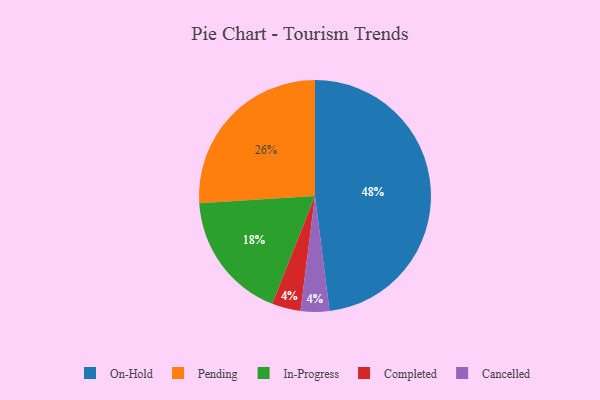
{"axis": {"x": "Category", "y": "Percentage"}, "legend": ["Cancelled", "Completed", "In-Progress", "On-Hold", "Pending"], "data": [{"x": "Completed", "y": 4, "type": "Completed"}, {"x": "Cancelled", "y": 4, "type": "Cancelled"}, {"x": "On-Hold", "y": 48, "type": "On-Hold"}, {"x": "Pending", "y": 26, "type": "Pending"}, {"x": "In-Progress", "y": 18, "type": "In-Progress"}]}